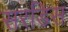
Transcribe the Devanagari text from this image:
सरडिस